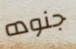
جنوده